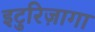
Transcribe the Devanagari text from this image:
इटुरिज़ागा